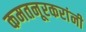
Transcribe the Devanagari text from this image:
कमतनूरकरांनी